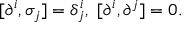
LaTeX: [ \partial ^ { i } , \sigma _ { j } ] = \delta _ { j } ^ { i } , ~ [ \partial ^ { i } , \partial ^ { j } ] = 0 .